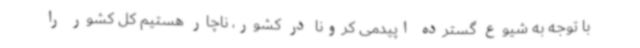
با توجه به شیوع گسترده اپیدمی کرونا در کشور، ناچار هستیم کل کشور را